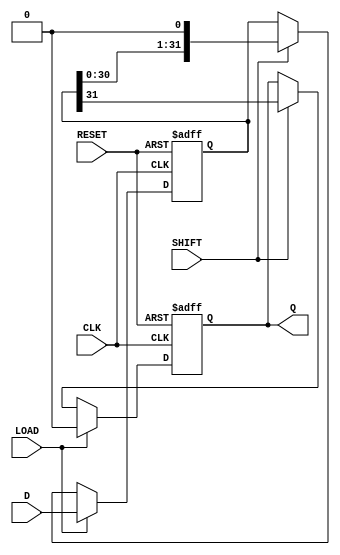
module PISO_Register (
    input wire [31:0] D,      // 32-bit data input
    input wire LOAD,          // Load control signal
    input wire SHIFT,         // Shift control signal
    input wire CLK,           // Clock signal
    input wire RESET,         // Asynchronous reset signal
    output reg Q              // Serial output
);

    reg [31:0] shift_reg;     // 32-bit shift register

    always @(posedge CLK or posedge RESET) begin
        if (RESET) begin
            // Asynchronous reset
            shift_reg <= 32'b0; // Clear the shift register
            Q <= 1'b0;          // Clear the serial output
        end else if (LOAD) begin
            // Load data into the shift register
            shift_reg <= D;     // Load parallel data
            Q <= 1'b0;          // Clear the serial output
        end else if (SHIFT) begin
            // Shift data out serially
            Q <= shift_reg[31]; // Output the MSB
            shift_reg <= {shift_reg[30:0], 1'b0}; // Shift right
        end
    end

endmodule